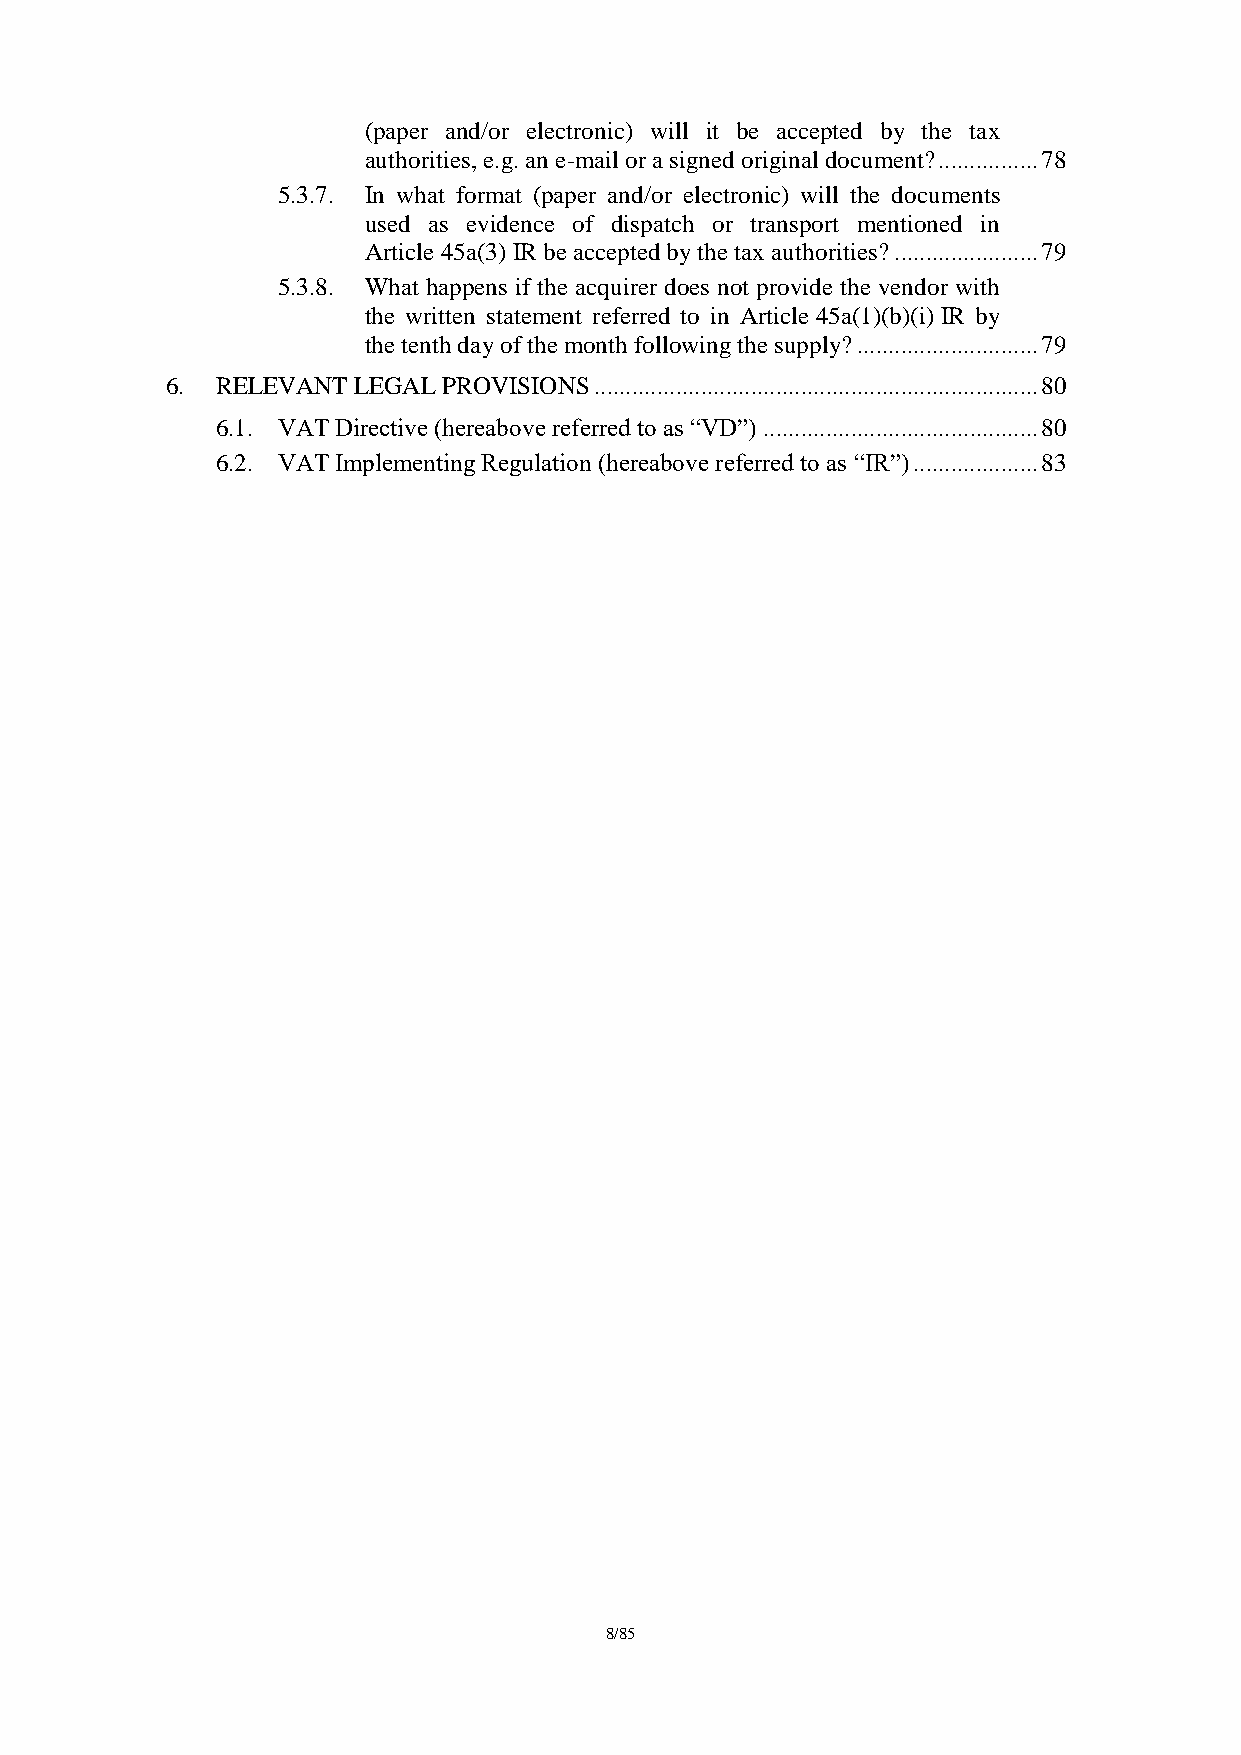
(paper and/or electronic) will it be accepted by the tax
 authorities, e.g. an e-mail or a signed original document? ................ 78
 5.3.7. In what format (paper and/or electronic) will the documents
 used as evidence of dispatch or transport mentioned in
 Article 45a(3) IR be accepted by the tax authorities? ....................... 79
 5.3.8. What happens if the acquirer does not provide the vendor with
 the written statement referred to in Article 45a(1)(b)(i) IR by
 the tenth day of the month following the supply? ............................. 79
 6. RELEVANT LEGAL PROVISIONS ....................................................................... 80
 6.1. VAT Directive (hereabove referred to as “VD”) ............................................ 80
 6.2. VAT Implementing Regulation (hereabove referred to as “IR”) .................... 83
 8/85